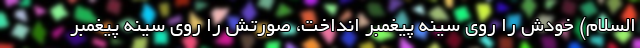
السلام) خودش را روی سینه پیغمبر انداخت، صورتش را روی سینه پیغمبر